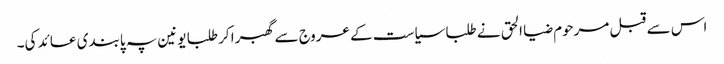
اس سے قبل مرحوم ضیا الحق نے طلبا سیاست کے عروج سے گھبرا کر طلبا یونین پہ پابندی عائد کی۔